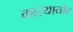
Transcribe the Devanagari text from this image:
कास्यानोव